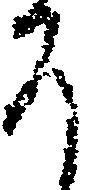
そ